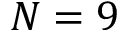
N = 9